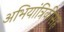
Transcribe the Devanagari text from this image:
अभियांत्रिकीसह